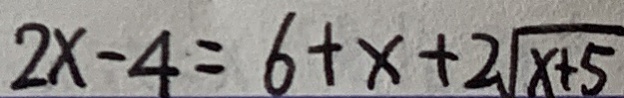
2 x - 4 = 6 + x + 2 \sqrt { x + 5 }